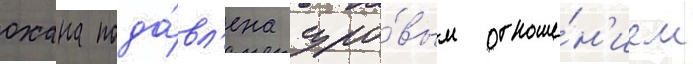
охана пода́вл'ена суро́вым отноше́н'ием